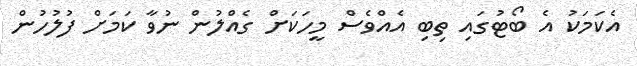
އެކަމަކު އެ ބޯޓުގައި ތިބި އެއްވެސް މީހަކަށް ގެއްލުން ނުވާ ކަމަށް ފުލުހުން